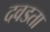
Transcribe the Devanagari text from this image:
दवडता